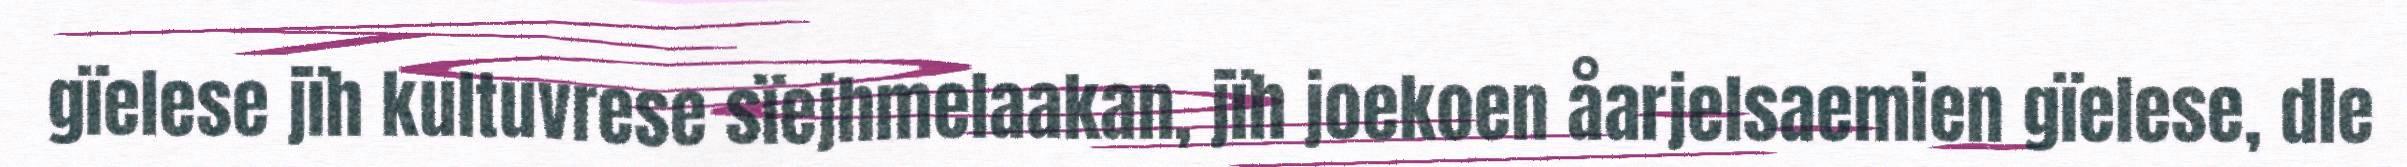
gïelese jïh kultuvrese sïejhmelaakan, jïh joekoen åarjelsaemien gïelese, dle